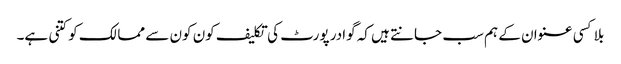
بلا کسی عنوان کے ہم سب جانتے ہیں کہ گوادر پورٹ کی تکلیف کون کون سے ممالک کو کتنی ہے۔